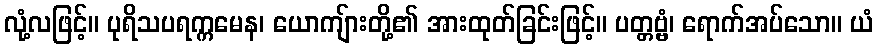
လုံ့လဖြင့်။ ပုရိသပရက္ကမေန၊ ယောကျ်ားတို့၏ အားထုတ်ခြင်းဖြင့်။ ပတ္တဗ္ဗံ၊ ရောက်အပ်သော။ ယံ